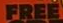
FREE